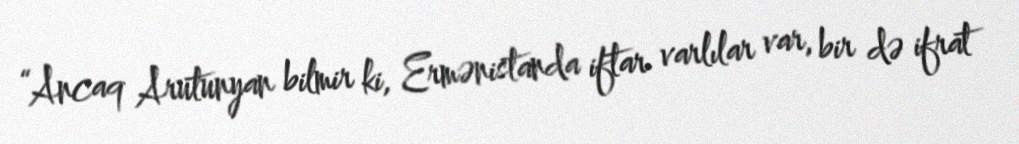
“Ancaq Arutunyan bilmir ki, Ermənistanda iftar varlılar var, bir də ifrat